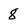
Character: 8